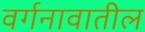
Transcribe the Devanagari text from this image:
वर्गनावातील